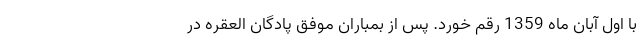
با اول آبان ماه 1359 رقم خورد. پس از بمباران موفق پادگان العقره در